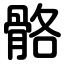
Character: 骼